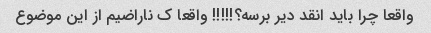
واقعا چرا باید انقد دیر برسه؟!!!!! واقعا ک ناراضیم از این موضوع